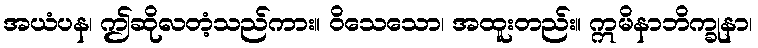
အယံပန၊ ဤဆိုလတံ့သည်ကား။ ဝိသေသော၊ အထူးတည်း။ ဣမိနာဘိက္ခုနာ၊